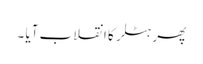
پھر ہٹلر کا انقلاب آیا ۔